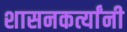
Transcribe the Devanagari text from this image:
शासनकर्त्यांनी